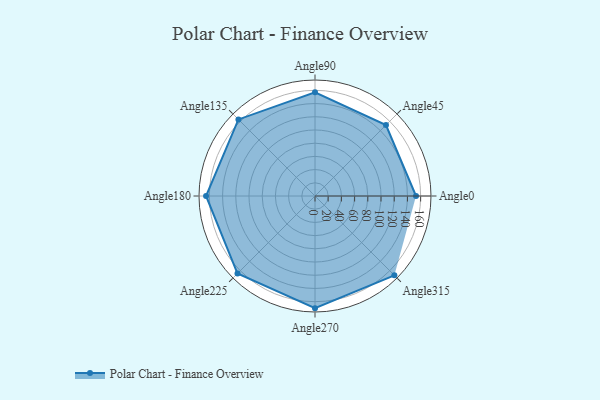
{"axis": {"x": "Angle", "y": "Radius"}, "legend": [""], "data": [{"x": "Angle0", "y": 153.0, "type": ""}, {"x": "Angle45", "y": 152.0, "type": ""}, {"x": "Angle90", "y": 157.0, "type": ""}, {"x": "Angle135", "y": 164.0, "type": ""}, {"x": "Angle180", "y": 165.0, "type": ""}, {"x": "Angle225", "y": 166.0, "type": ""}, {"x": "Angle270", "y": 170, "type": ""}, {"x": "Angle315", "y": 170, "type": ""}]}